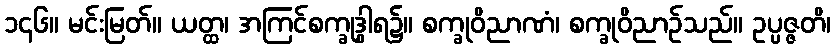
၁၄၆။ မင်းမြတ်။ ယတ္ထ၊ အကြင်စက္ခုဒွါရ၌။ စက္ခုဝိညာဏံ၊ စက္ခုဝိညာဉ်သည်။ ဥပ္ပဇ္ဇတိ၊